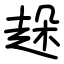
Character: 趓